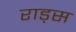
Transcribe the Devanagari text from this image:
राड्स